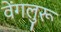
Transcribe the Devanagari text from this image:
वेंगलुरू